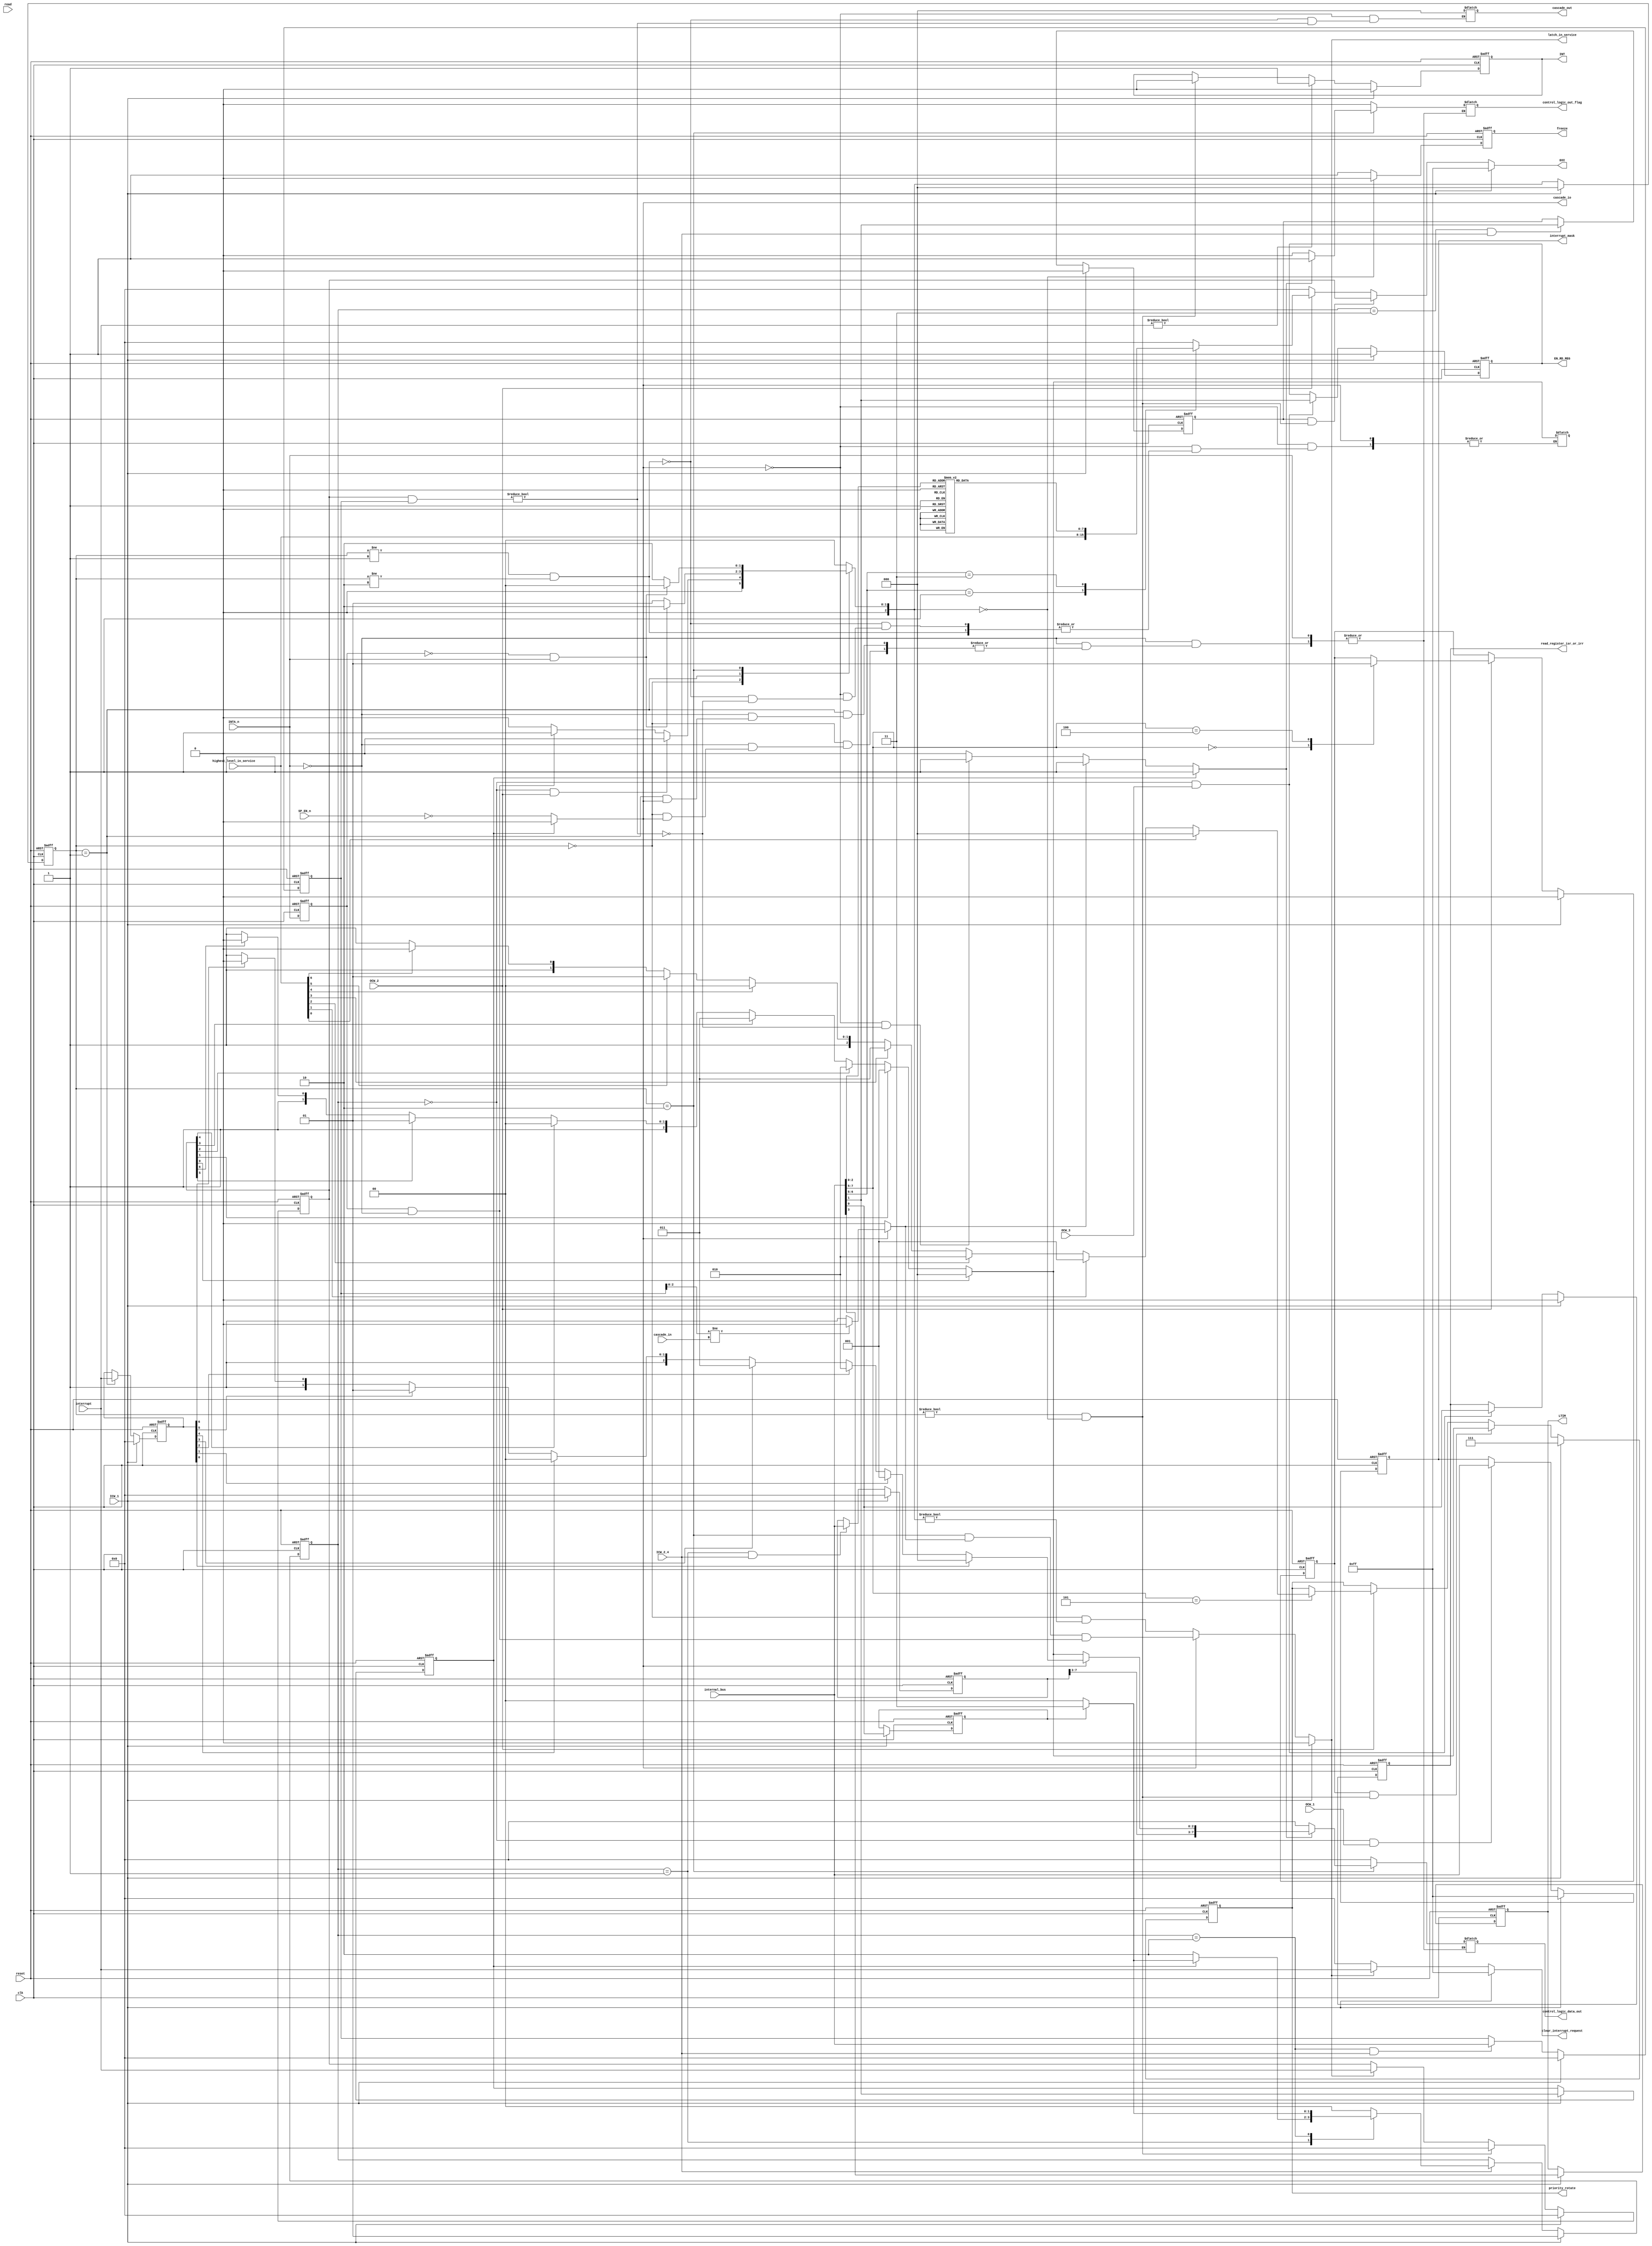
module Control_Logic (
    input   wire           clk,
    input   wire           reset,

    // External input/output
    input   wire   [2:0]   cascade_in,
    output  reg    [2:0]   cascade_out,
    output  wire           cascade_io,

    input   wire           SP_EN_n,

    input   wire           INTA_n,
    output  reg            INT,

    // Internal bus
    input   wire   [7:0]   internal_bus,
    input   wire           ICW_1,
    input   wire           ICW_2_4,
    input   wire           OCW_1,
    input   wire           OCW_2,
    input   wire           OCW_3,

    input   wire           read,
    output  reg            control_logic_out_flag,
    output  reg    [7:0]   control_logic_data_out,

    // Registers to interrupt detecting logics
    output  reg            LTIM,

    // Registers to Read logics
    output  reg            EN_RD_REG,
    output  reg            read_register_isr_or_irr,

    // Signals from interrupt detectiong logics
    input   wire   [7:0]   interrupt,
    input   wire   [7:0]   highest_level_in_service,

    // Interrupt control signals
    output  reg    [7:0]   interrupt_mask,
    output  reg    [7:0]   EOI,
    output  reg            freeze,
    output  reg            latch_in_service,
    output  reg    [7:0]   clear_interrupt_request,
    output  reg    [2:0]   priority_rotate
);


    // Registers
    reg   [10:0]  interrupt_vector_address;
    reg           ADI;
    reg           SNGL;
    reg           IC4;
    reg   [7:0]   cascade_device_config;
    reg           AEOI_config;
    reg           auto_rotate_mode;
    reg   [7:0]   ack_interrupt;
    
    reg           cascade_slave;
    reg           cascade_slave_enable;
    reg           cascade_out_ack2;
    
    function [7:0] num2bit (input [2:0] source);
        casez (source)
            3'b000:  num2bit = 8'b00000001;
            3'b001:  num2bit = 8'b00000010;
            3'b010:  num2bit = 8'b00000100;
            3'b011:  num2bit = 8'b00001000;
            3'b100:  num2bit = 8'b00010000;
            3'b101:  num2bit = 8'b00100000;
            3'b110:  num2bit = 8'b01000000;
            3'b111:  num2bit = 8'b10000000;
            default: num2bit = 8'b00000000;
        endcase
    endfunction
    
    function [2:0] bit2num (input [7:0] source);
        if      (source[0] == 1'b1) bit2num = 3'b000;
        else if (source[1] == 1'b1) bit2num = 3'b001;
        else if (source[2] == 1'b1) bit2num = 3'b010;
        else if (source[3] == 1'b1) bit2num = 3'b011;
        else if (source[4] == 1'b1) bit2num = 3'b100;
        else if (source[5] == 1'b1) bit2num = 3'b101;
        else if (source[6] == 1'b1) bit2num = 3'b110;
        else if (source[7] == 1'b1) bit2num = 3'b111;
        else                        bit2num = 3'b111;
    endfunction
      // Parameter definitions for command states
    parameter CMD_READY = 2'b00;
    parameter WRITE_ICW2 = 2'b01;
    parameter WRITE_ICW3 = 2'b10;
    parameter WRITE_ICW4 = 2'b11;
    
    // Command state variables
    reg [1:0] cmd_state;
    reg [1:0] next_cmd_state;
// State machine    
    always@(*) begin
        if (ICW_1 == 1'b1)
            next_cmd_state = WRITE_ICW2;
        else if (ICW_2_4 == 1'b1) begin
            casez (cmd_state)
                WRITE_ICW2: begin
                    if (SNGL == 1'b0)
                        next_cmd_state = WRITE_ICW3;
                    else if (IC4 == 1'b1)
                        next_cmd_state = WRITE_ICW4;
                    else
                        next_cmd_state = CMD_READY;
                end
                WRITE_ICW3: begin
                    if (IC4 == 1'b1)
                        next_cmd_state = WRITE_ICW4;
                    else
                        next_cmd_state = CMD_READY;
                end
                WRITE_ICW4: begin
                    next_cmd_state = CMD_READY;
                end
                default: begin
                    next_cmd_state = CMD_READY;
                end
            endcase
        end
        else
            next_cmd_state = cmd_state;
    end

    always@(negedge clk, posedge reset) begin
        if (reset)
            cmd_state <= CMD_READY;
        else
            cmd_state <= next_cmd_state;
    end

    // Writing registers/command signals
    wire    ICW_2 = (cmd_state == WRITE_ICW2) & ICW_2_4;
    wire    ICW_3 = (cmd_state == WRITE_ICW3) & ICW_2_4;
    wire    ICW_4 = (cmd_state == WRITE_ICW4) & ICW_2_4;
    wire    OCW_1_registers = (cmd_state == CMD_READY) & OCW_1;
    wire    OCW_2_registers = (cmd_state == CMD_READY) & OCW_2;
    wire    OCW_3_registers = (cmd_state == CMD_READY) & OCW_3;

    
    // Parameter definitions for control states
    parameter CTL_READY = 3'b000;
    parameter ACK1 = 3'b001;
    parameter ACK2 = 3'b010;
    
    // Control state variables
    reg [2:0] ctrl_state;
    reg [2:0] next_ctrl_state;

    // Detect ACK edge
    reg   prev_INTA_n;

    always@(negedge clk, posedge reset) begin
        if (reset)
            prev_INTA_n <= 1'b1;
        else
            prev_INTA_n <= INTA_n;
    end
    wire    nedge_interrupt_acknowledge =  prev_INTA_n & ~INTA_n;
    wire    pedge_interrupt_acknowledge = ~prev_INTA_n &  INTA_n;

    // Detect read signal edge
    reg   prev_read_signal;

    always@(negedge clk, posedge reset) begin
        if (reset)
            prev_read_signal <= 1'b0;
        else
            prev_read_signal <= read;
    end
    wire    nedge_read_signal = prev_read_signal & ~read;

    // State machine
    always@(*) begin
        casez (ctrl_state)
            CTL_READY: begin
                if (OCW_2_registers == 1'b1)
                    next_ctrl_state = CTL_READY;
                else if (nedge_interrupt_acknowledge == 1'b0)
                    next_ctrl_state = CTL_READY;
                else
                    next_ctrl_state = ACK1;
            end
            ACK1: begin
                if (pedge_interrupt_acknowledge == 1'b0)
                    next_ctrl_state = ACK1;
                else
                    next_ctrl_state = ACK2;
            end
            ACK2: begin
                if (pedge_interrupt_acknowledge == 1'b0)
                    next_ctrl_state = ACK2;
                else
                    next_ctrl_state = CTL_READY;
            end

            default: begin
                next_ctrl_state = CTL_READY;
            end
        endcase
    end

    always@(negedge clk, posedge reset) begin
        if (reset)
            ctrl_state <= CTL_READY;
        else if (ICW_1 == 1'b1)
            ctrl_state <= CTL_READY;
        else
            ctrl_state <= next_ctrl_state;
    end

    // Latch in service register signal
    always@(*) begin
        if (ICW_1 == 1'b1)
            latch_in_service = 1'b0;
        else if (cascade_slave == 1'b0)
            latch_in_service = (ctrl_state == CTL_READY) & (next_ctrl_state != CTL_READY);
        else
            latch_in_service = (ctrl_state == ACK2) & (cascade_slave_enable == 1'b1) & (nedge_interrupt_acknowledge == 1'b1);
    end
    // End of acknowledge sequence
    wire    end_of_ack_sequence =  (ctrl_state != CTL_READY) & (next_ctrl_state == CTL_READY);

    //
    // Initialization command word 1
    //
    // A7-A5
    always@(negedge clk, posedge reset) begin
        if (reset)
            interrupt_vector_address[2:0] <= 3'b000;
        else if (ICW_1 == 1'b1)
            interrupt_vector_address[2:0] <= internal_bus[7:5];
        else
            interrupt_vector_address[2:0] <= interrupt_vector_address[2:0];
    end

    // LTIM
    always@(negedge clk, posedge reset) begin
        if (reset)
            LTIM <= 1'b0;
        else if (ICW_1 == 1'b1)
            LTIM <= internal_bus[3];
        else
            LTIM <= LTIM;
    end

    // ADI
    always@(negedge clk, posedge reset) begin
        if (reset)
            ADI <= 1'b0;
        else if (ICW_1 == 1'b1)
            ADI <= internal_bus[2];
        else
            ADI <= ADI;
    end

    // SNGL
    always@(negedge clk, posedge reset) begin
        if (reset)
            SNGL <= 1'b0;
        else if (ICW_1 == 1'b1)
            SNGL <= internal_bus[1];
        else
            SNGL <= SNGL;
    end

    // IC4
    always@(negedge clk, posedge reset) begin
        if (reset)
            IC4 <= 1'b0;
        else if (ICW_1 == 1'b1)
            IC4 <= internal_bus[0];
        else
            IC4 <= IC4;
    end

    //
    // Initialization command word 2
    //
    // A15-A8 (MCS-80) or T7-T3 (8086, 8088)
    always@(negedge clk, posedge reset) begin
        if (reset)
            interrupt_vector_address[10:3] <= 3'b000;
        else if (ICW_1 == 1'b1)
            interrupt_vector_address[10:3] <= 3'b000;
        else if (ICW_2 == 1'b1)
            interrupt_vector_address[10:3] <= internal_bus;
        else
            interrupt_vector_address[10:3] <= interrupt_vector_address[10:3];
    end

    //
    // Initialization command word 3
    //
    // S7-S0 (MASTER) or ID2-ID0 (SLAVE)
    always@(negedge clk, posedge reset) begin
        if (reset)
            cascade_device_config <= 8'b00000000;
        else if (ICW_1 == 1'b1)
            cascade_device_config <= 8'b00000000;
        else if (ICW_3 == 1'b1)
            cascade_device_config <= internal_bus;
        else
            cascade_device_config <= cascade_device_config;
    end


    // AEOI
    always@(negedge clk, posedge reset) begin
        if (reset)
            AEOI_config <= 1'b0;
        else if (ICW_1 == 1'b1)
            AEOI_config <= 1'b0;
        else if (ICW_4 == 1'b1)
            AEOI_config <= internal_bus[1];
        else
            AEOI_config <= AEOI_config;
    end
     //
    // Operation control words 
    //
    //
    // Operation control word 1
    //
    // IMR
    always@(negedge clk, posedge reset) begin
        if (reset)
            interrupt_mask <= 8'b11111111;
        else if (ICW_1 == 1'b1)
            interrupt_mask <= 8'b11111111;
        else if ((OCW_1_registers == 1'b1)) 
            interrupt_mask <= internal_bus;
        else
            interrupt_mask <= interrupt_mask;
    end

    //
    // Operation control word 2
    //
    // End of interrupt
    always@(*) begin
        if (ICW_1 == 1'b1)
            EOI = 8'b11111111;
        else if ((AEOI_config == 1'b1) && (end_of_ack_sequence == 1'b1))
            EOI = ack_interrupt;
        else if (OCW_2 == 1'b1) begin
            casez (internal_bus[6:5])
                2'b01:   EOI = highest_level_in_service;
                2'b11:   EOI = num2bit(internal_bus[2:0]);
                default: EOI = 8'b00000000;
            endcase
        end
        else
            EOI = 8'b00000000;
    end
// Auto rotate mode
    always@(negedge clk, posedge reset) begin
        if (reset)
            auto_rotate_mode <= 1'b0;
        else if (ICW_1 == 1'b1)
            auto_rotate_mode <= 1'b0;
        else if (OCW_2 == 1'b1) begin
            casez (internal_bus[7:5])
                3'b000:  auto_rotate_mode <= 1'b0;
                3'b100:  auto_rotate_mode <= 1'b1;
                default: auto_rotate_mode <= auto_rotate_mode;
            endcase
        end
        else
            auto_rotate_mode <= auto_rotate_mode;
    end

    // Rotate 
    always@(negedge clk, posedge reset) begin
        if (reset)
            priority_rotate <= 3'b111;
        else if (ICW_1 == 1'b1)
            priority_rotate <= 3'b111;
        else if ((auto_rotate_mode == 1'b1) && (end_of_ack_sequence == 1'b1))
            priority_rotate <= bit2num(ack_interrupt);
        else if (OCW_2 == 1'b1) begin
            casez (internal_bus[7:5])
                3'b101: begin  
                if      (highest_level_in_service[0] == 1'b1) priority_rotate = 3'b000;
                else if (highest_level_in_service[1] == 1'b1) priority_rotate = 3'b001;
                else if (highest_level_in_service[2] == 1'b1) priority_rotate = 3'b010;
                else if (highest_level_in_service[3] == 1'b1) priority_rotate = 3'b011;
                else if (highest_level_in_service[4] == 1'b1) priority_rotate = 3'b100;
                else if (highest_level_in_service[5] == 1'b1) priority_rotate = 3'b101;
                else if (highest_level_in_service[6] == 1'b1) priority_rotate = 3'b110;
                else if (highest_level_in_service[7] == 1'b1) priority_rotate = 3'b111;
                else                                          priority_rotate = 3'b111;
                end
                default: priority_rotate <= priority_rotate;
            endcase
        end
        else
            priority_rotate <= priority_rotate;
    end
    
    //
    // Operation control word 3
    //
    // RR/RIS
    always@(negedge clk, posedge reset) begin
        if (reset) begin
            EN_RD_REG     <= 1'b1;
            read_register_isr_or_irr <= 1'b0;
        end
        else if (ICW_1 == 1'b1) begin
            EN_RD_REG     <= 1'b1;
            read_register_isr_or_irr <= 1'b0;
        end
        else if (OCW_3_registers == 1'b1) begin
            EN_RD_REG     <= internal_bus[1];
            read_register_isr_or_irr <= internal_bus[0];
        end
        else begin
            EN_RD_REG     <= EN_RD_REG;
            read_register_isr_or_irr <= read_register_isr_or_irr;
        end
    end

     // Cascade signals  
    //
    // Select master/slave
    always@(*) begin
        if (SNGL == 1'b1)
            cascade_slave = 1'b0;
        else    
            cascade_slave = ~SP_EN_n;
    end

    // Cascade port I/O
    assign cascade_io = cascade_slave;

    //
    // Cascade signals (slave)
    //
    always@(*) begin
        if (cascade_slave == 1'b0)
            cascade_slave_enable = 1'b0;
        else if (cascade_device_config[2:0] != cascade_in)
            cascade_slave_enable = 1'b0;
        else
            cascade_slave_enable = 1'b1;
    end

    //
    // Cascade signals (master)  
    //
    wire    interrupt_from_slave_device = (ack_interrupt & cascade_device_config) != 8'b00000000;

    // output ACK2
    always@(*) begin
        if (SNGL == 1'b1)
            cascade_out_ack2 = 1'b1;
        else if (cascade_slave_enable == 1'b1)
            cascade_out_ack2 = 1'b1;
        else if ((cascade_slave == 1'b0) && (interrupt_from_slave_device == 1'b0))
            cascade_out_ack2 = 1'b1;
        else
            cascade_out_ack2 = 1'b0;
    end

// Output slave id
    always@(*) begin
        if (cascade_slave == 1'b1)
            cascade_out <= 3'b000;
        else if ((ctrl_state != ACK1) && (ctrl_state != ACK2))
            cascade_out <= 3'b000;
        else if (interrupt_from_slave_device == 1'b0)
            cascade_out <= 3'b000;
        else begin
            if (ack_interrupt[0] == 1'b1)
              control_logic_data_out[2:0] = 3'b000;
            else if (ack_interrupt[1] == 1'b1)
              control_logic_data_out[2:0] = 3'b001;
            else if (ack_interrupt[2] == 1'b1)
              control_logic_data_out[2:0] = 3'b010;
            else if (ack_interrupt[3] == 1'b1)
              control_logic_data_out[2:0] = 3'b011;
            else if (ack_interrupt[4] == 1'b1)
              control_logic_data_out[2:0] = 3'b100;
            else if (ack_interrupt[5] == 1'b1)
              control_logic_data_out[2:0] = 3'b101;
            else if (ack_interrupt[6] == 1'b1)
              control_logic_data_out[2:0] = 3'b110;
            else if (ack_interrupt[7] == 1'b1)
              control_logic_data_out[2:0] = 3'b111;
            else
              control_logic_data_out[2:0] = 3'b111;
        end
    end

    //
    // Interrupt control signals
    //
    // INT
    always@(negedge clk, posedge reset) begin
        if (reset)
            INT <= 1'b0;
        else if (ICW_1 == 1'b1)
            INT <= 1'b0;
        else if (interrupt != 8'b00000000)
            INT <= 1'b1;
        else if (end_of_ack_sequence == 1'b1)
            INT <= 1'b0;
        else
            INT <= INT;
    end

    // freeze
    always@(negedge clk, posedge reset) begin
        if (reset)
            freeze <= 1'b1;
        else if (next_ctrl_state == CTL_READY)
            freeze <= 1'b0;
        else
            freeze <= 1'b1;
    end

    // clear_interrupt_request
    always@(*) begin
        if (ICW_1 == 1'b1)
            clear_interrupt_request = 8'b11111111;
        else if (latch_in_service == 1'b0)
            clear_interrupt_request = 8'b00000000;
        else
            clear_interrupt_request = interrupt;
    end

    // interrupt buffer
    always@(negedge clk, posedge reset) begin
        if (reset)
            ack_interrupt <= 8'b00000000;
        else if (ICW_1 == 1'b1)
            ack_interrupt <= 8'b00000000;
        else if (end_of_ack_sequence)
            ack_interrupt <= 8'b00000000;
        else if (latch_in_service == 1'b1)
            ack_interrupt <= interrupt;
        else
            ack_interrupt <= ack_interrupt;
    end

    // interrupt buffer
    reg   [7:0]   interrupt_when_ack1;

    always@(negedge clk, posedge reset) begin
        if (reset)
            interrupt_when_ack1 <= 8'b00000000;
        else if (ICW_1 == 1'b1)
            interrupt_when_ack1 <= 8'b00000000;
        else if (ctrl_state == ACK1)
            interrupt_when_ack1 <= interrupt;
        else
            interrupt_when_ack1 <= interrupt_when_ack1;
    end
    // control_logic_data_out  
    always@(*) begin
        if (INTA_n == 1'b0) begin
            // Acknowledge
            casez (ctrl_state)
                CTL_READY: begin
                    if (cascade_slave == 1'b0) begin
                            control_logic_out_flag = 1'b0;
                            control_logic_data_out     = 8'b00000000;
                    end
                end
                ACK1: begin
                    if (cascade_slave == 1'b0) begin
                        control_logic_out_flag = 1'b0;
                        control_logic_data_out     = 8'b00000000;
                    end
                end
                ACK2: begin
                    if (cascade_out_ack2 == 1'b1) begin
                        control_logic_out_flag = 1'b1;
                            
                        if (cascade_slave == 1'b1) begin
                          if (interrupt_when_ack1[0] == 1'b1)
                            control_logic_data_out[2:0] = 3'b000;
                          else if (interrupt_when_ack1[1] == 1'b1)
                            control_logic_data_out[2:0] = 3'b001;
                          else if (interrupt_when_ack1[2] == 1'b1)
                            control_logic_data_out[2:0] = 3'b010;
                          else if (interrupt_when_ack1[3] == 1'b1)
                            control_logic_data_out[2:0] = 3'b011;
                          else if (interrupt_when_ack1[4] == 1'b1)
                            control_logic_data_out[2:0] = 3'b100;
                          else if (interrupt_when_ack1[5] == 1'b1)
                            control_logic_data_out[2:0] = 3'b101;
                          else if (interrupt_when_ack1[6] == 1'b1)
                            control_logic_data_out[2:0] = 3'b110;
                          else if (interrupt_when_ack1[7] == 1'b1)
                            control_logic_data_out[2:0] = 3'b111;
                          else
                            control_logic_data_out[2:0] = 3'b111;
                          end 
                          else begin
                          if (ack_interrupt[0] == 1'b1)
                              control_logic_data_out[2:0] = 3'b000;
                          else if (ack_interrupt[1] == 1'b1)
                              control_logic_data_out[2:0] = 3'b001;
                          else if (ack_interrupt[2] == 1'b1)
                              control_logic_data_out[2:0] = 3'b010;
                          else if (ack_interrupt[3] == 1'b1)
                              control_logic_data_out[2:0] = 3'b011;
                          else if (ack_interrupt[4] == 1'b1)
                              control_logic_data_out[2:0] = 3'b100;
                          else if (ack_interrupt[5] == 1'b1)
                              control_logic_data_out[2:0] = 3'b101;
                          else if (ack_interrupt[6] == 1'b1)
                              control_logic_data_out[2:0] = 3'b110;
                          else if (ack_interrupt[7] == 1'b1)
                              control_logic_data_out[2:0] = 3'b111;
                          else
                              control_logic_data_out[2:0] = 3'b111;
                          end 

                          control_logic_data_out = {interrupt_vector_address[10:6], control_logic_data_out[2:0]};
                    end
                    else begin
                        control_logic_out_flag = 1'b0;
                        control_logic_data_out     = 8'b00000000;
                    end
                end

                default: begin
                    control_logic_out_flag = 1'b0;
                    control_logic_data_out     = 8'b00000000;
                end
            endcase
        end
        end
endmodule